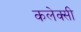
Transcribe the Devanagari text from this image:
कलेक्सी